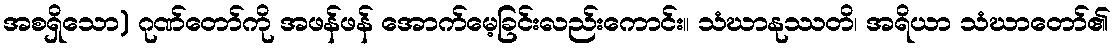
အစရှိသော) ဂုဏ်တော်ကို အဖန်ဖန် အောက်မေ့ခြင်းလည်းကောင်း။ သံဃာနုဿတိ၊ အရိယာ သံဃာတော်၏